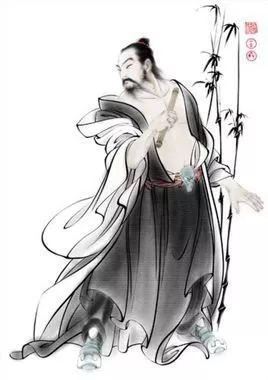
其人虽已没，千载有馀情。